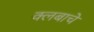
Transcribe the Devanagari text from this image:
क्लबाचे